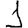
Digit: 1